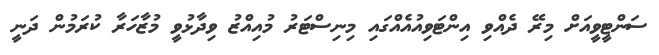
ސަންޓީވީއަށް މިރޭ ދެއްވި އިންޓަވިއުއެއްގައި މިނިސްޓަރު މުއިއްޒު ވިދާޅުވީ މުޒާހަރާ ކުރަމުން ދަނީ